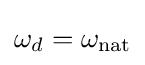
\omega _{d}=\omega _{\mathrm {nat} }\,\!